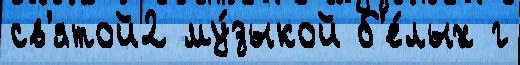
св'ятой2 му́зыкой б'е́лых г